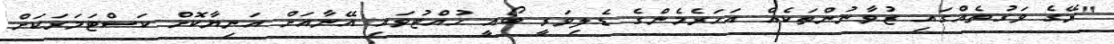
"ރޭގެ ވަގުތެއްގައި ޒުވާނުންތަކެއް އަހަރެމެންގެ ޑެލިވަރީ ބޯއީ ހުއްޓުވައި އޭނާއަށް އަނިޔާކޮށް ކަސްޓަމަރަކަށް